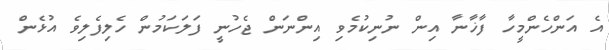
އެ އަންހެންމީހާ ފާޚާނާ އިން ނުނިކުމެވި އިންނަން ޖެހުނީ ފަލަކަމުން ހެލިފެލިވެ އުޅެން